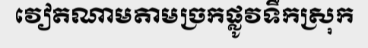
វៀតណាមតាមច្រកផ្លូវទឹកស្រុក